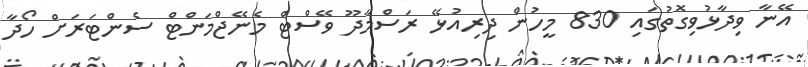
އޭނާ ވިދާޅުވިގޮތުގައި 830 މީހުން ދިރިއުޅޭ ރަސްމާދޫ ވޭސްޓް މެނޭޖްމަންޓް ސެންޓަރަށް ހޯދާ